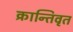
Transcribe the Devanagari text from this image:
क्रान्तिवृत